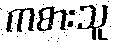
ကစားသူ